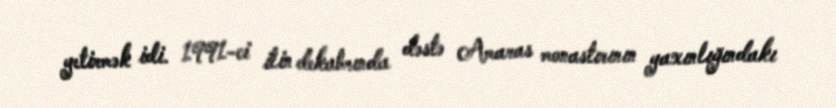
yetirmək idi. 1991-ci ilin dekabrında dəstə Amaras monastırının yaxınlığındakı